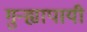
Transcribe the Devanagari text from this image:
गुन्ह्यापायी